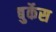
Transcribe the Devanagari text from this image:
बुर्केस